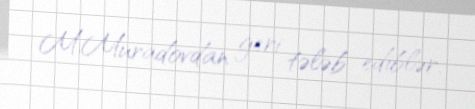
M.Muradovdan geri tələb ediblər.